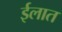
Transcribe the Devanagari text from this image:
ईलात